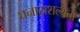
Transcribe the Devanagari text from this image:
घनास्रशल्यता